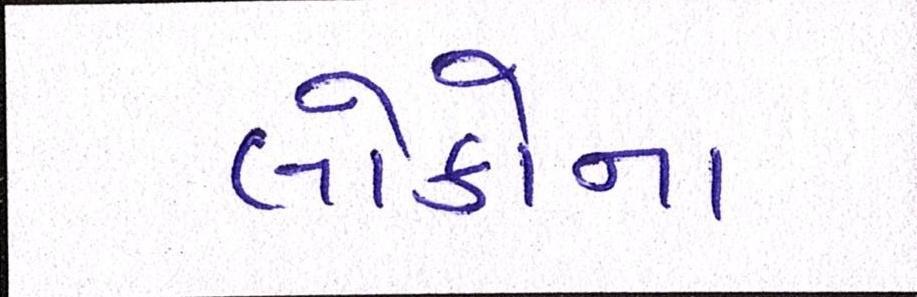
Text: લોકોના